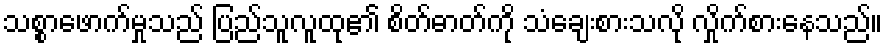
သစ္စာဖောက်မှုသည် ပြည်သူလူထု၏ စိတ်ဓာတ်ကို သံချေးစားသလို လှိုက်စားနေသည်။